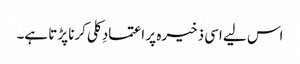
اس لیے اسی ذخیرہ پر اعتمادِ کلی کرنا پڑتا ہے۔